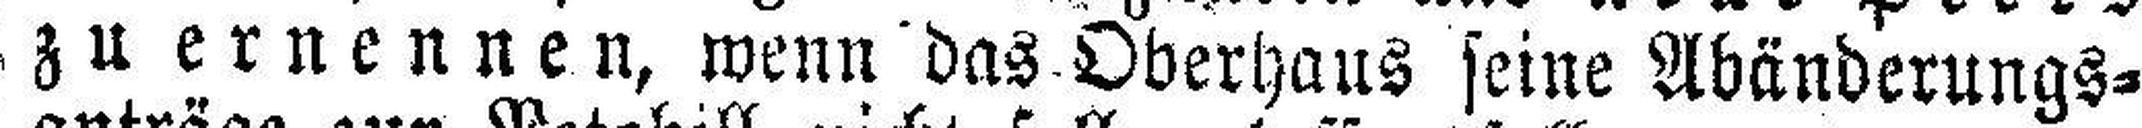
zu ernennen, wenn das Oberhaus seine Abänderungs¬